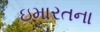
ઇમારતના